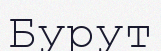
Бурут